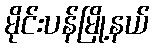
မိုင်းပန်မြို့နယ်